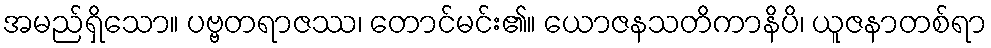
အမည်ရှိသော။ ပဗ္ဗတရာဇဿ၊ တောင်မင်း၏။ ယောဇနသတိကာနိပိ၊ ယူဇနာတစ်ရာ